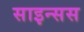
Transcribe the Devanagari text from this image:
साइन्सस